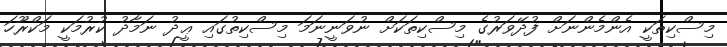
މިސްކިތަކީ އެންމެންނަށް ފުދޭވަރުގެ މިސްކިތަކަށް ނުވަނީނަމަ މިސްކިތުގައި ޢީދު ނަމާދު ކުރުމަކީ މަކްރޫހަ